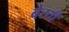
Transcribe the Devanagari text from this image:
बेरती